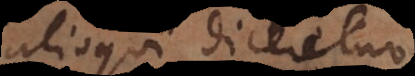
alioqui diceretur